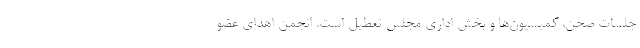
جلسات صحن، کمیسیون‌ها و بخش اداری مجلس تعطیل است. انجمن اهدای عضو